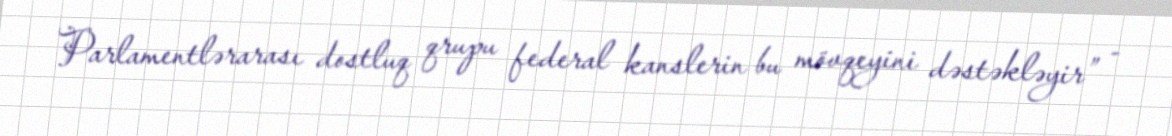
Parlamentlərarası dostluq qrupu federal kanslerin bu mövqeyini dəstəkləyir” -